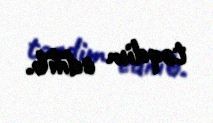
təqdim edilib.